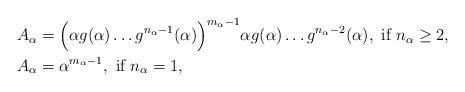
LaTeX: \begin{align*} A_{\alpha} &= \Big( \alpha g(\alpha) \dots g^{n_{\alpha}-1}(\alpha)\Big)^{m_{\alpha}-1} \alpha g(\alpha) \dots g^{n_{\alpha}-2}(\alpha) , \mbox{ if } n_{\alpha} \geq 2, \\ A_{\alpha} &= \alpha^{m_{\alpha}-1} , \mbox{ if } n_{\alpha} = 1 ,\end{align*}